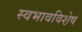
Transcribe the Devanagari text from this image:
स्वभावविशे़ष